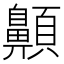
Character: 𩕬